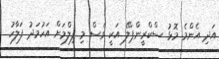
އަދި އެންމެ މޮޅު ސްކްރީންޕްލޭ އަކީ ވެސް މި ފިލްމަށް އަހުމަދު ފަލާހު